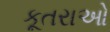
કૂતરાઓ